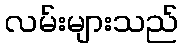
လမ်းများသည်